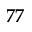
7 7